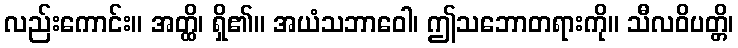
လည်းကောင်း။ အတ္ထိ၊ ရှိ၏။ အယံသဘာဝေါ၊ ဤသဘောတရားကို။ သီလဝိပတ္တိ၊